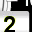
Digit: 2